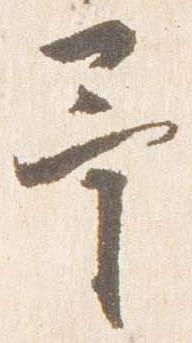
予